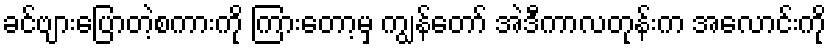
ခင်ဗျားပြောတဲ့စကားကို ကြားတော့မှ ကျွန်တော် အဲဒီကာလတုန်းက အလောင်းကို